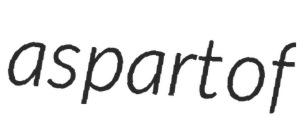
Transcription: as part of